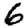
Digit: 6